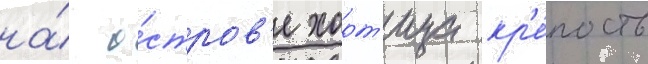
на́ о́стров'е хорт'ица кр'е́пость